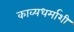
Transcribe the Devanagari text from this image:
काव्यधर्माशी